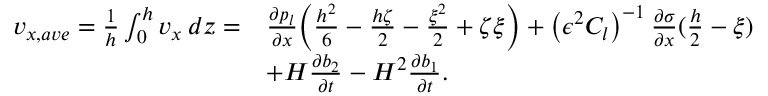
\begin{array} { r l } { v _ { x , a v e } = \frac { 1 } { h } \int _ { 0 } ^ { h } v _ { x } \, d z = } & { \frac { \partial p _ { l } } { \partial x } \bigg ( \frac { h ^ { 2 } } { 6 } - \frac { h \zeta } { 2 } - \frac { \xi ^ { 2 } } { 2 } + \zeta \xi \bigg ) + \left( \epsilon ^ { 2 } C _ { l } \right) ^ { - 1 } \frac { \partial \sigma } { \partial x } ( \frac { h } { 2 } - \xi ) } \\ & { + H \frac { \partial b _ { 2 } } { \partial t } - H ^ { 2 } \frac { \partial b _ { 1 } } { \partial t } . } \end{array}